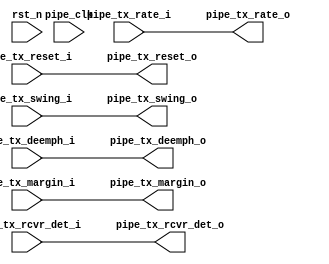
module PCIEBus_pcie_pipe_misc #
(
    parameter        PIPE_PIPELINE_STAGES = 0    
)
(
    input   wire        pipe_tx_rcvr_det_i       ,     
    input   wire        pipe_tx_reset_i          ,     
    input   wire        pipe_tx_rate_i           ,     
    input   wire        pipe_tx_deemph_i         ,     
    input   wire [2:0]  pipe_tx_margin_i         ,     
    input   wire        pipe_tx_swing_i          ,     
    output  wire        pipe_tx_rcvr_det_o       ,     
    output  wire        pipe_tx_reset_o          ,     
    output  wire        pipe_tx_rate_o           ,     
    output  wire        pipe_tx_deemph_o         ,     
    output  wire [2:0]  pipe_tx_margin_o         ,     
    output  wire        pipe_tx_swing_o          ,     
    input   wire        pipe_clk                ,      
    input   wire        rst_n                          
);
    parameter TCQ  = 1;      
    generate
    if (PIPE_PIPELINE_STAGES == 0) begin : pipe_stages_0
        assign pipe_tx_rcvr_det_o = pipe_tx_rcvr_det_i;
        assign pipe_tx_reset_o  = pipe_tx_reset_i;
        assign pipe_tx_rate_o = pipe_tx_rate_i;
        assign pipe_tx_deemph_o = pipe_tx_deemph_i;
        assign pipe_tx_margin_o = pipe_tx_margin_i;
        assign pipe_tx_swing_o = pipe_tx_swing_i;
    end 
    else if (PIPE_PIPELINE_STAGES == 1) begin : pipe_stages_1
    reg                pipe_tx_rcvr_det_q       ;
    reg                pipe_tx_reset_q          ;
    reg                pipe_tx_rate_q           ;
    reg                pipe_tx_deemph_q         ;
    reg [2:0]          pipe_tx_margin_q         ;
    reg                pipe_tx_swing_q          ;
        always @(posedge pipe_clk) begin
        if (rst_n)
        begin
            pipe_tx_rcvr_det_q <= #TCQ 0;
            pipe_tx_reset_q  <= #TCQ 1'b1;
            pipe_tx_rate_q <= #TCQ 0;
            pipe_tx_deemph_q <= #TCQ 1'b1;
            pipe_tx_margin_q <= #TCQ 0;
            pipe_tx_swing_q <= #TCQ 0;
        end
        else
        begin
            pipe_tx_rcvr_det_q <= #TCQ pipe_tx_rcvr_det_i;
            pipe_tx_reset_q  <= #TCQ pipe_tx_reset_i;
            pipe_tx_rate_q <= #TCQ pipe_tx_rate_i;
            pipe_tx_deemph_q <= #TCQ pipe_tx_deemph_i;
            pipe_tx_margin_q <= #TCQ pipe_tx_margin_i;
            pipe_tx_swing_q <= #TCQ pipe_tx_swing_i;
          end
        end
        assign pipe_tx_rcvr_det_o = pipe_tx_rcvr_det_q;
        assign pipe_tx_reset_o  = pipe_tx_reset_q;
        assign pipe_tx_rate_o = pipe_tx_rate_q;
        assign pipe_tx_deemph_o = pipe_tx_deemph_q;
        assign pipe_tx_margin_o = pipe_tx_margin_q;
        assign pipe_tx_swing_o = pipe_tx_swing_q;
    end 
    else if (PIPE_PIPELINE_STAGES == 2) begin : pipe_stages_2
    reg                pipe_tx_rcvr_det_q       ;
    reg                pipe_tx_reset_q          ;
    reg                pipe_tx_rate_q           ;
    reg                pipe_tx_deemph_q         ;
    reg [2:0]          pipe_tx_margin_q         ;
    reg                pipe_tx_swing_q          ;
    reg                pipe_tx_rcvr_det_qq      ;
    reg                pipe_tx_reset_qq         ;
    reg                pipe_tx_rate_qq          ;
    reg                pipe_tx_deemph_qq        ;
    reg [2:0]          pipe_tx_margin_qq        ;
    reg                pipe_tx_swing_qq         ;
        always @(posedge pipe_clk) begin
        if (rst_n)
        begin
            pipe_tx_rcvr_det_q <= #TCQ 0;
            pipe_tx_reset_q  <= #TCQ 1'b1;
            pipe_tx_rate_q <= #TCQ 0;
            pipe_tx_deemph_q <= #TCQ 1'b1;
            pipe_tx_margin_q <= #TCQ 0;
            pipe_tx_swing_q <= #TCQ 0;
            pipe_tx_rcvr_det_qq <= #TCQ 0;
            pipe_tx_reset_qq  <= #TCQ 1'b1;
            pipe_tx_rate_qq <= #TCQ 0;
            pipe_tx_deemph_qq <= #TCQ 1'b1;
            pipe_tx_margin_qq <= #TCQ 0;
            pipe_tx_swing_qq <= #TCQ 0;
        end
        else
        begin
            pipe_tx_rcvr_det_q <= #TCQ pipe_tx_rcvr_det_i;
            pipe_tx_reset_q  <= #TCQ pipe_tx_reset_i;
            pipe_tx_rate_q <= #TCQ pipe_tx_rate_i;
            pipe_tx_deemph_q <= #TCQ pipe_tx_deemph_i;
            pipe_tx_margin_q <= #TCQ pipe_tx_margin_i;
            pipe_tx_swing_q <= #TCQ pipe_tx_swing_i;
            pipe_tx_rcvr_det_qq <= #TCQ pipe_tx_rcvr_det_q;
            pipe_tx_reset_qq  <= #TCQ pipe_tx_reset_q;
            pipe_tx_rate_qq <= #TCQ pipe_tx_rate_q;
            pipe_tx_deemph_qq <= #TCQ pipe_tx_deemph_q;
            pipe_tx_margin_qq <= #TCQ pipe_tx_margin_q;
            pipe_tx_swing_qq <= #TCQ pipe_tx_swing_q;
          end
        end
        assign pipe_tx_rcvr_det_o = pipe_tx_rcvr_det_qq;
        assign pipe_tx_reset_o  = pipe_tx_reset_qq;
        assign pipe_tx_rate_o = pipe_tx_rate_qq;
        assign pipe_tx_deemph_o = pipe_tx_deemph_qq;
        assign pipe_tx_margin_o = pipe_tx_margin_qq;
        assign pipe_tx_swing_o = pipe_tx_swing_qq;
    end 
    endgenerate
endmodule